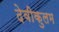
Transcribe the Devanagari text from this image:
देवीकुलम